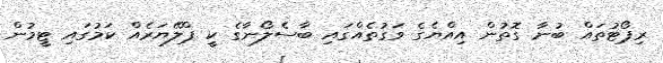
ރިޕޯޓުތައް ބުނާ ގޮތުން އިއްޔެގެ ވަގުތެއްގައި ބާސެލޯނާގެ ކީ ޕްލޭޔަރެއް ކަމުގައި ޓީމުން